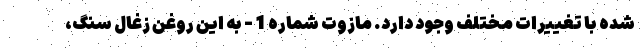
شده با تغییرات مختلف وجود دارد. مازوت شماره 1 - به این روغن زغال سنگ،